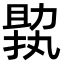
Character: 𠢟